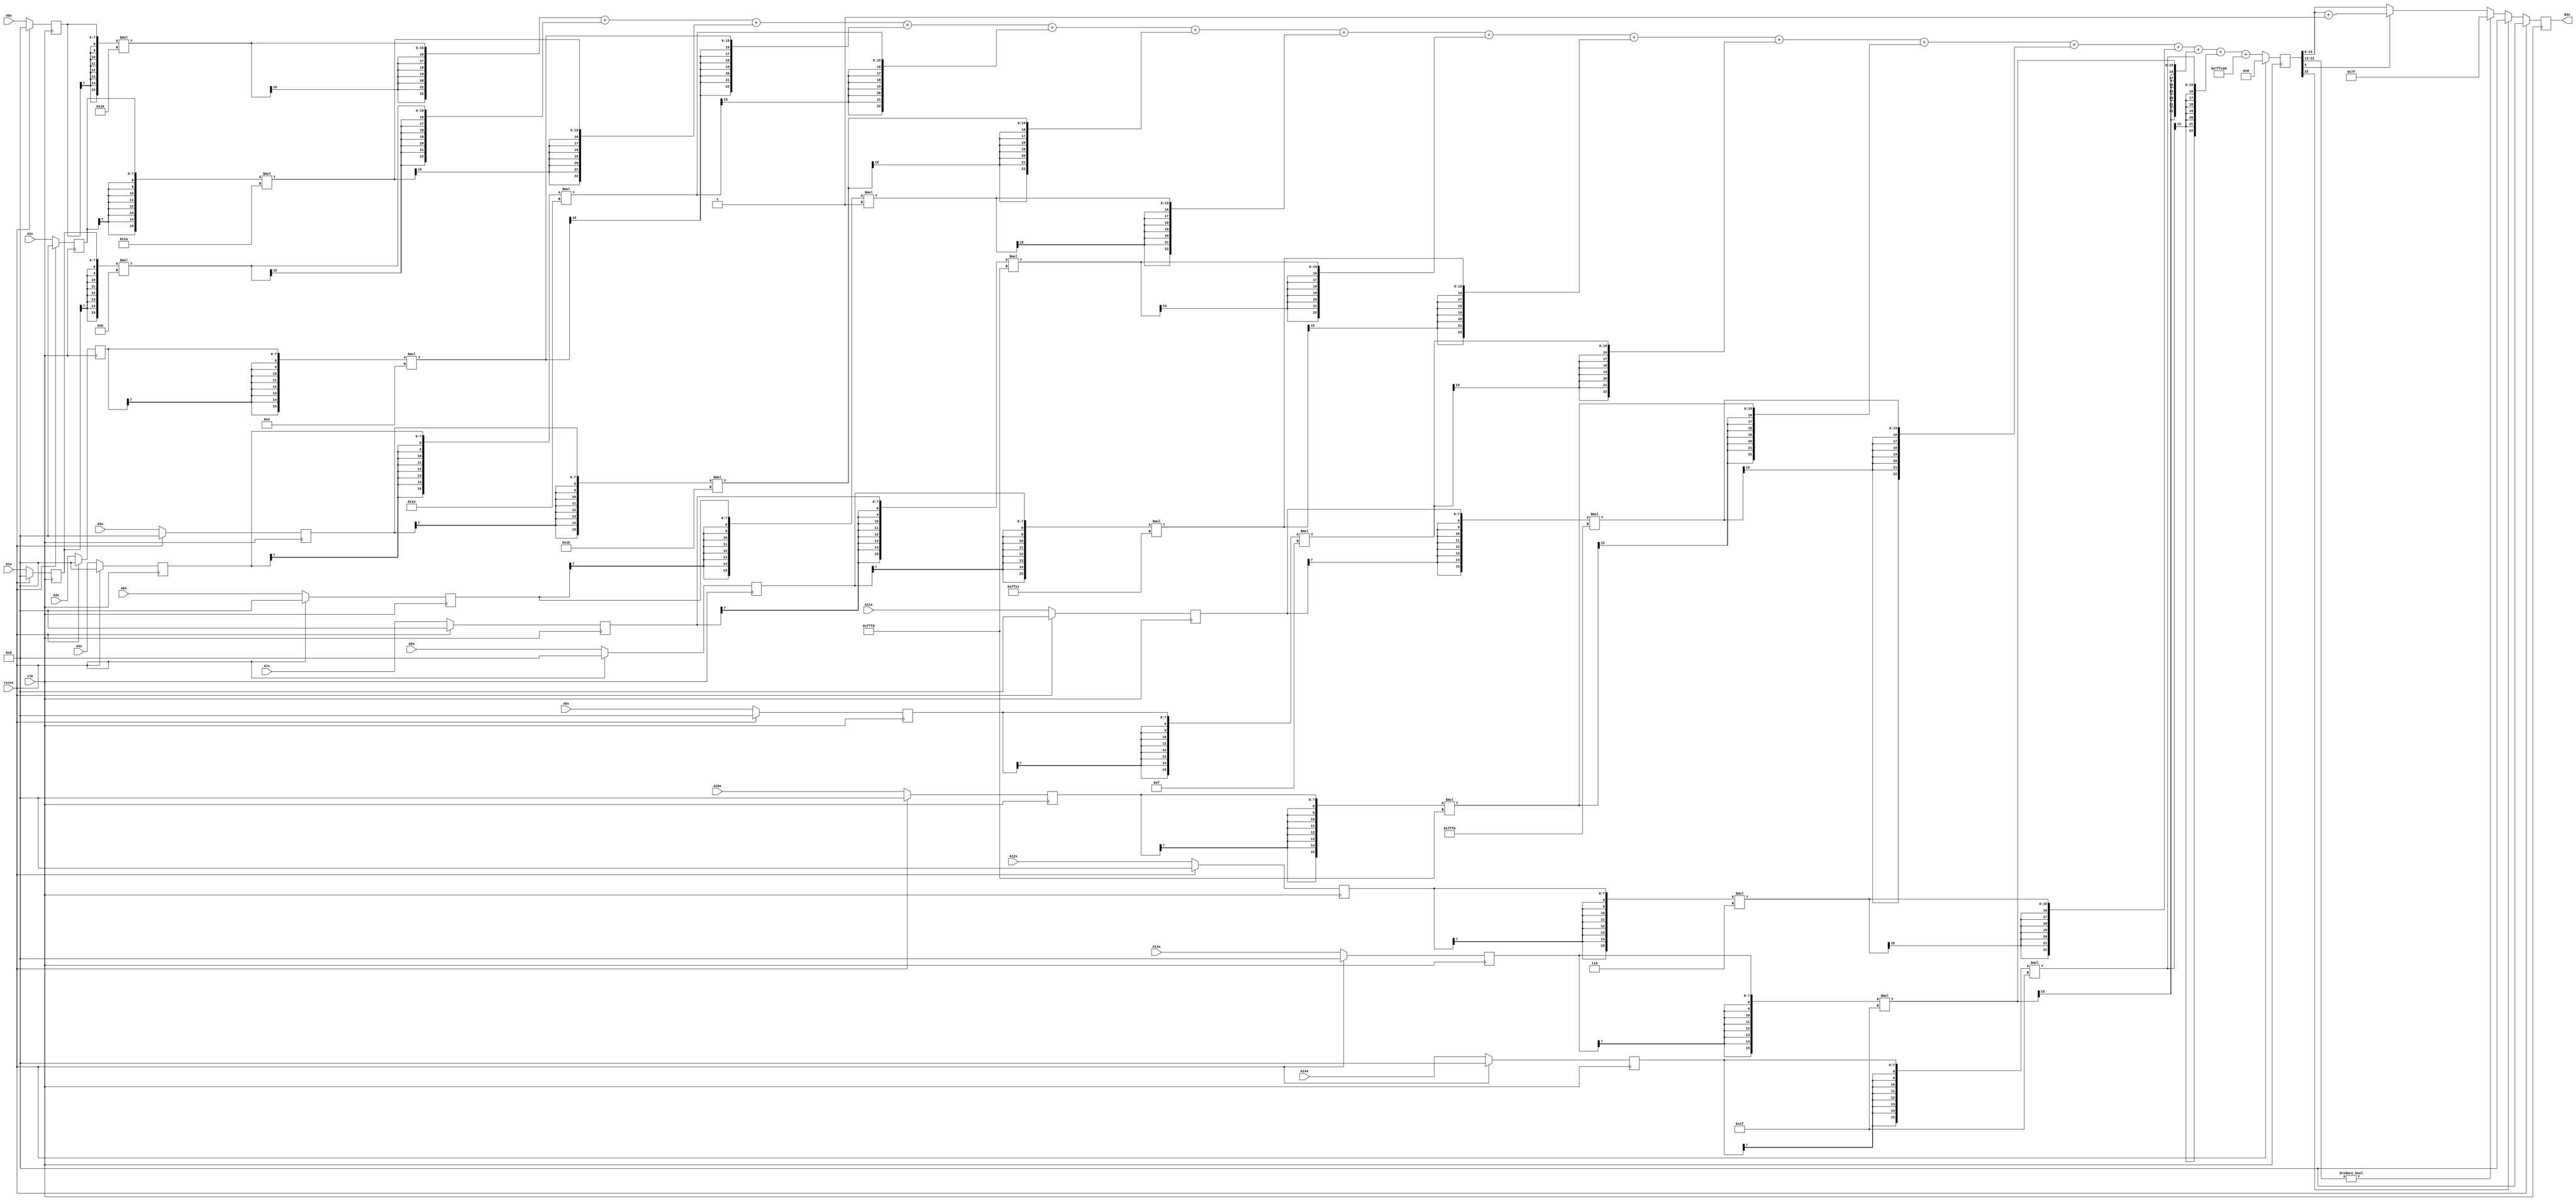
module node_6_3(clk,reset,N3x,A0x,A1x,A2x,A3x,A4x,A5x,A6x,A7x,A8x,A9x,A10x,A11x,A12x,A13x,A14x);
	input clk;
	input reset;
	input [7:0] A0x, A1x, A2x, A3x, A4x, A5x, A6x, A7x, A8x, A9x, A10x, A11x, A12x, A13x, A14x;
	reg [7:0] A0x_c, A1x_c, A2x_c, A3x_c, A4x_c, A5x_c, A6x_c, A7x_c, A8x_c, A9x_c, A10x_c, A11x_c, A12x_c, A13x_c, A14x_c;
	wire [15:0] sum0x, sum1x, sum2x, sum3x, sum4x, sum5x, sum6x, sum7x, sum8x, sum9x, sum10x, sum11x, sum12x, sum13x, sum14x;
	output reg [7:0] N3x;
	reg [22:0] sumout;

	parameter [7:0] W0x=8'd24;
	parameter [7:0] W1x=8'd11;
	parameter [7:0] W2x=8'd26;
	parameter [7:0] W3x=8'd14;
	parameter [7:0] W4x=8'd30;
	parameter [7:0] W5x=8'd27;
	parameter [7:0] W6x=8'd1;
	parameter [7:0] W7x=-8'd3;
	parameter [7:0] W8x=-8'd31;
	parameter [7:0] W9x=8'd15;
	parameter [7:0] W10x=-8'd3;
	parameter [7:0] W11x=-8'd16;
	parameter [7:0] W12x=8'd6;
	parameter [7:0] W13x=8'd31;
	parameter [7:0] W14x=8'd31;
	parameter [15:0] B0x=-16'd1024;


	assign sum0x = {A0x_c[7],A0x_c[7],A0x_c[7],A0x_c[7],A0x_c[7],A0x_c[7],A0x_c[7],A0x_c[7],A0x_c}*{W0x[7],W0x[7],W0x[7],W0x[7],W0x[7],W0x[7],W0x[7],W0x[7],W0x};
	assign sum1x = {A1x_c[7],A1x_c[7],A1x_c[7],A1x_c[7],A1x_c[7],A1x_c[7],A1x_c[7],A1x_c[7],A1x_c}*{W1x[7],W1x[7],W1x[7],W1x[7],W1x[7],W1x[7],W1x[7],W1x[7],W1x};
	assign sum2x = {A2x_c[7],A2x_c[7],A2x_c[7],A2x_c[7],A2x_c[7],A2x_c[7],A2x_c[7],A2x_c[7],A2x_c}*{W2x[7],W2x[7],W2x[7],W2x[7],W2x[7],W2x[7],W2x[7],W2x[7],W2x};
	assign sum3x = {A3x_c[7],A3x_c[7],A3x_c[7],A3x_c[7],A3x_c[7],A3x_c[7],A3x_c[7],A3x_c[7],A3x_c}*{W3x[7],W3x[7],W3x[7],W3x[7],W3x[7],W3x[7],W3x[7],W3x[7],W3x};
	assign sum4x = {A4x_c[7],A4x_c[7],A4x_c[7],A4x_c[7],A4x_c[7],A4x_c[7],A4x_c[7],A4x_c[7],A4x_c}*{W4x[7],W4x[7],W4x[7],W4x[7],W4x[7],W4x[7],W4x[7],W4x[7],W4x};
	assign sum5x = {A5x_c[7],A5x_c[7],A5x_c[7],A5x_c[7],A5x_c[7],A5x_c[7],A5x_c[7],A5x_c[7],A5x_c}*{W5x[7],W5x[7],W5x[7],W5x[7],W5x[7],W5x[7],W5x[7],W5x[7],W5x};
	assign sum6x = {A6x_c[7],A6x_c[7],A6x_c[7],A6x_c[7],A6x_c[7],A6x_c[7],A6x_c[7],A6x_c[7],A6x_c}*{W6x[7],W6x[7],W6x[7],W6x[7],W6x[7],W6x[7],W6x[7],W6x[7],W6x};
	assign sum7x = {A7x_c[7],A7x_c[7],A7x_c[7],A7x_c[7],A7x_c[7],A7x_c[7],A7x_c[7],A7x_c[7],A7x_c}*{W7x[7],W7x[7],W7x[7],W7x[7],W7x[7],W7x[7],W7x[7],W7x[7],W7x};
	assign sum8x = {A8x_c[7],A8x_c[7],A8x_c[7],A8x_c[7],A8x_c[7],A8x_c[7],A8x_c[7],A8x_c[7],A8x_c}*{W8x[7],W8x[7],W8x[7],W8x[7],W8x[7],W8x[7],W8x[7],W8x[7],W8x};
	assign sum9x = {A9x_c[7],A9x_c[7],A9x_c[7],A9x_c[7],A9x_c[7],A9x_c[7],A9x_c[7],A9x_c[7],A9x_c}*{W9x[7],W9x[7],W9x[7],W9x[7],W9x[7],W9x[7],W9x[7],W9x[7],W9x};
	assign sum10x = {A10x_c[7],A10x_c[7],A10x_c[7],A10x_c[7],A10x_c[7],A10x_c[7],A10x_c[7],A10x_c[7],A10x_c}*{W10x[7],W10x[7],W10x[7],W10x[7],W10x[7],W10x[7],W10x[7],W10x[7],W10x};
	assign sum11x = {A11x_c[7],A11x_c[7],A11x_c[7],A11x_c[7],A11x_c[7],A11x_c[7],A11x_c[7],A11x_c[7],A11x_c}*{W11x[7],W11x[7],W11x[7],W11x[7],W11x[7],W11x[7],W11x[7],W11x[7],W11x};
	assign sum12x = {A12x_c[7],A12x_c[7],A12x_c[7],A12x_c[7],A12x_c[7],A12x_c[7],A12x_c[7],A12x_c[7],A12x_c}*{W12x[7],W12x[7],W12x[7],W12x[7],W12x[7],W12x[7],W12x[7],W12x[7],W12x};
	assign sum13x = {A13x_c[7],A13x_c[7],A13x_c[7],A13x_c[7],A13x_c[7],A13x_c[7],A13x_c[7],A13x_c[7],A13x_c}*{W13x[7],W13x[7],W13x[7],W13x[7],W13x[7],W13x[7],W13x[7],W13x[7],W13x};
	assign sum14x = {A14x_c[7],A14x_c[7],A14x_c[7],A14x_c[7],A14x_c[7],A14x_c[7],A14x_c[7],A14x_c[7],A14x_c}*{W14x[7],W14x[7],W14x[7],W14x[7],W14x[7],W14x[7],W14x[7],W14x[7],W14x};

	always@(posedge clk) begin

		if(reset)
			begin
			N3x<=8'd0;
			sumout<=16'd0;
			A0x_c <= 8'd0;
			A1x_c <= 8'd0;
			A2x_c <= 8'd0;
			A3x_c <= 8'd0;
			A4x_c <= 8'd0;
			A5x_c <= 8'd0;
			A6x_c <= 8'd0;
			A7x_c <= 8'd0;
			A8x_c <= 8'd0;
			A9x_c <= 8'd0;
			A10x_c <= 8'd0;
			A11x_c <= 8'd0;
			A12x_c <= 8'd0;
			A13x_c <= 8'd0;
			A14x_c <= 8'd0;
			end
		else
			begin
			A0x_c <= A0x;
			A1x_c <= A1x;
			A2x_c <= A2x;
			A3x_c <= A3x;
			A4x_c <= A4x;
			A5x_c <= A5x;
			A6x_c <= A6x;
			A7x_c <= A7x;
			A8x_c <= A8x;
			A9x_c <= A9x;
			A10x_c <= A10x;
			A11x_c <= A11x;
			A12x_c <= A12x;
			A13x_c <= A13x;
			A14x_c <= A14x;
			sumout<={sum0x[15],sum0x[15],sum0x[15],sum0x[15],sum0x[15],sum0x[15],sum0x[15],sum0x}+{sum1x[15],sum1x[15],sum1x[15],sum1x[15],sum1x[15],sum1x[15],sum1x[15],sum1x}+{sum2x[15],sum2x[15],sum2x[15],sum2x[15],sum2x[15],sum2x[15],sum2x[15],sum2x}+{sum3x[15],sum3x[15],sum3x[15],sum3x[15],sum3x[15],sum3x[15],sum3x[15],sum3x}+{sum4x[15],sum4x[15],sum4x[15],sum4x[15],sum4x[15],sum4x[15],sum4x[15],sum4x}+{sum5x[15],sum5x[15],sum5x[15],sum5x[15],sum5x[15],sum5x[15],sum5x[15],sum5x}+{sum6x[15],sum6x[15],sum6x[15],sum6x[15],sum6x[15],sum6x[15],sum6x[15],sum6x}+{sum7x[15],sum7x[15],sum7x[15],sum7x[15],sum7x[15],sum7x[15],sum7x[15],sum7x}+{sum8x[15],sum8x[15],sum8x[15],sum8x[15],sum8x[15],sum8x[15],sum8x[15],sum8x}+{sum9x[15],sum9x[15],sum9x[15],sum9x[15],sum9x[15],sum9x[15],sum9x[15],sum9x}+{sum10x[15],sum10x[15],sum10x[15],sum10x[15],sum10x[15],sum10x[15],sum10x[15],sum10x}+{sum11x[15],sum11x[15],sum11x[15],sum11x[15],sum11x[15],sum11x[15],sum11x[15],sum11x}+{sum12x[15],sum12x[15],sum12x[15],sum12x[15],sum12x[15],sum12x[15],sum12x[15],sum12x}+{sum13x[15],sum13x[15],sum13x[15],sum13x[15],sum13x[15],sum13x[15],sum13x[15],sum13x}+{sum14x[15],sum14x[15],sum14x[15],sum14x[15],sum14x[15],sum14x[15],sum14x[15],sum14x}+{B0x[15],B0x[15],B0x[15],B0x[15],B0x[15],B0x[15],B0x[15],B0x};

			if(sumout[22]==0)
				begin
				if(sumout[21:13]!=9'b0)
					N3x<=8'd127;
				else
					begin
					if(sumout[5]==1)
						N3x<=sumout[13:6]+8'd1;
					else
						N3x<=sumout[13:6];
					end
				end
			else
				N3x<=8'd0;
			end
		end
endmodule